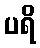
ပရိ